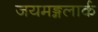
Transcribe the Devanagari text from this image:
जयमङ्गलार्क